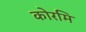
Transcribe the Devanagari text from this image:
कोरमि